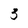
Character: 3